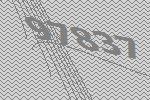
97837